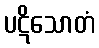
ပဋိသောတံ